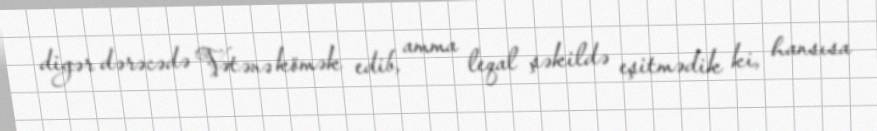
digər dərəcədə Vətənə kömək edib, amma leqal şəkildə eşitmədik ki, hansısa